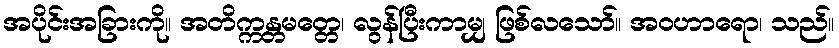
အပိုင်းအခြားကို။ အတိက္ကန္တမတ္တေ၊ လွန်ပြီးကာမျှ ဖြစ်လသော်။ အဝဟာရော၊ သည်။